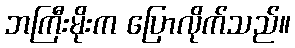
ဘကြီးမိုးက ပြောလိုက်သည်။